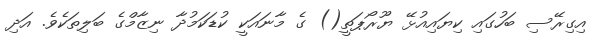
އިގިރޭސި ބަހުގައި ކިޔައިއުޅޭ ޔޫރޯޕަތީ() ގެ މާނައަކީ ކުޑަކަމުދާ ނިޒާމްގެ ބަލިތަކެވެ. އަދި